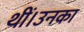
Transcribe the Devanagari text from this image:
थीं।उनका